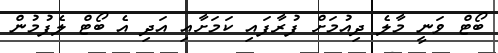
ބޯޓް ވަނީ މާލެ ދިއުމަށް ފުރާފައި ކަމަށާއި އަދި އެ ބޯޓް ލެފުމުން